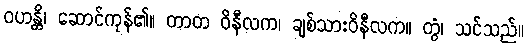
ဝဟန္တိ၊ ဆောင်ကုန်၏။ တာတ ဝိနီလက၊ ချစ်သားဝိနီလက။ တွံ၊ သင်သည်။